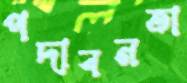
পদাবনতা